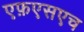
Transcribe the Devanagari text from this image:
एफ़एसएच